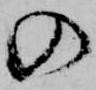
の